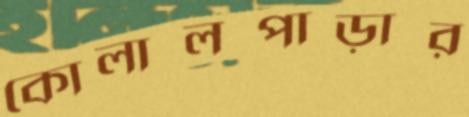
কোলালপাড়ার